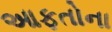
આફતોના